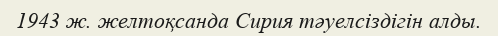
1943 ж. желтоқсанда Сирия тәуелсіздігін алды.